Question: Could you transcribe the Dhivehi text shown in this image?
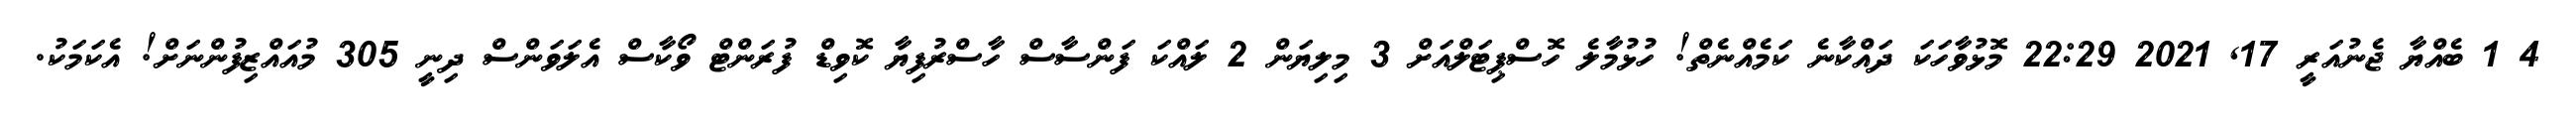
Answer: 4 1 ބެއްޔާ ޖެނުއަރީ 17, 2021 22:29 މޮޅުވާހަކަ ދައްކާނެ ކަމެއްނެތް! ހުޅުމާލެ ހޮސްޕިޓަލްއަށް 3 މިލިޔަން 2 ލައްކަ ފަންސާސް ހާސްރުފިޔާ ކޮވިޑް ފުރަންޓް ވޯކާސް އެލަވަންސް ދިނީ 305 މުއައްޒިފުންނަށް! އެކަމަކު.